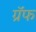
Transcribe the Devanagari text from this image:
ग्रॅफ